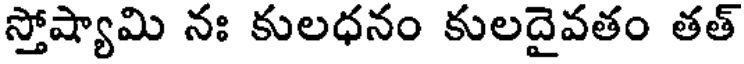
స్తోష్యామి నః కులధనం కులదైవతం తత్